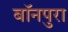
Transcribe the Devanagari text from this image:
बॉनपुरा